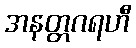
အနတ္တဂရဟီ